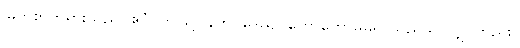
မြတ်စွာဘုရားသည်။ ဧဝံ၊ ဤသို့။ နဟိဝဒေယျ၊ ဟောတော်မမူရာသည်သာလျှင်တည်း။